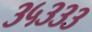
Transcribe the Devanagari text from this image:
३५३३३